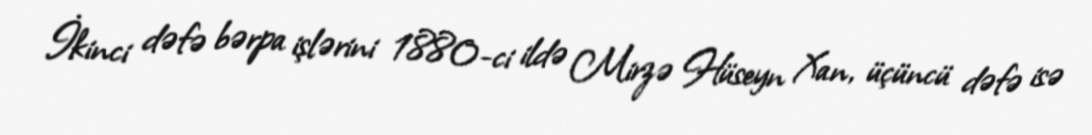
İkinci dəfə bərpa işlərini 1880-ci ildə Mirzə Hüseyn Xan, üçüncü dəfə isə